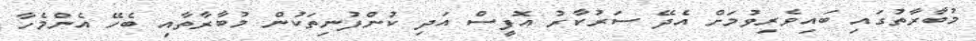
މުބާރާތުގައި ބައިވެރިވުމަށް އެދޭ ސަރުކާރު އޮފީސް އަދި ކުންފުނިތަކުން މުބާރާތާއި ބެހޭ އެންމެހާ